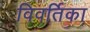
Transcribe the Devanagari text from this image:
विवर्तिका